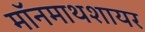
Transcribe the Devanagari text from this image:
मॉनमाथशायर